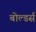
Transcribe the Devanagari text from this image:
बोल्डर्स